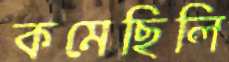
কমেছিলি